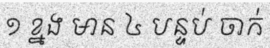
១ ខ្នង មាន ៤ បន្ទប់ ចាក់